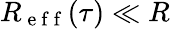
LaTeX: R_{\mathrm{~e~f~f~}}(\tau)\ll R